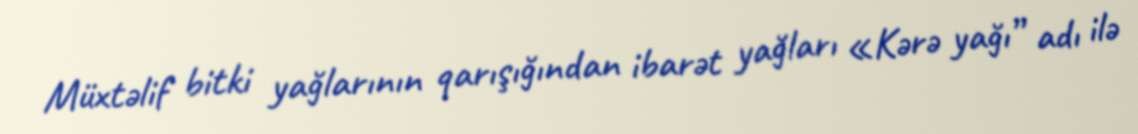
Müxtəlif bitki yağlarının qarışığından ibarət yağları «Kərə yağı” adı ilə